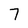
Character: 7